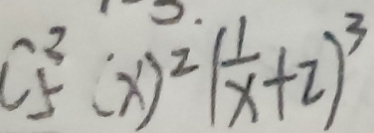
C _ { 5 } ^ { 2 } ( x ) ^ { 2 } ( \frac { 1 } { x } + 2 ) ^ { 3 }